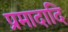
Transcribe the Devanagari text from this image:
प्रमादादि